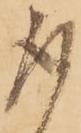
取